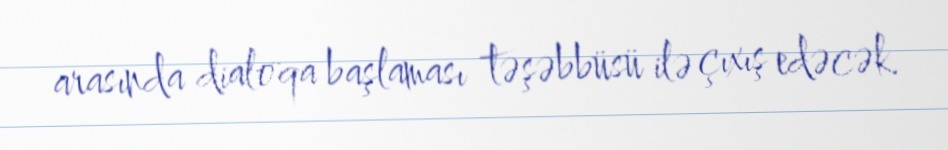
arasında dialoqa başlaması təşəbbüsü ilə çıxış edəcək.